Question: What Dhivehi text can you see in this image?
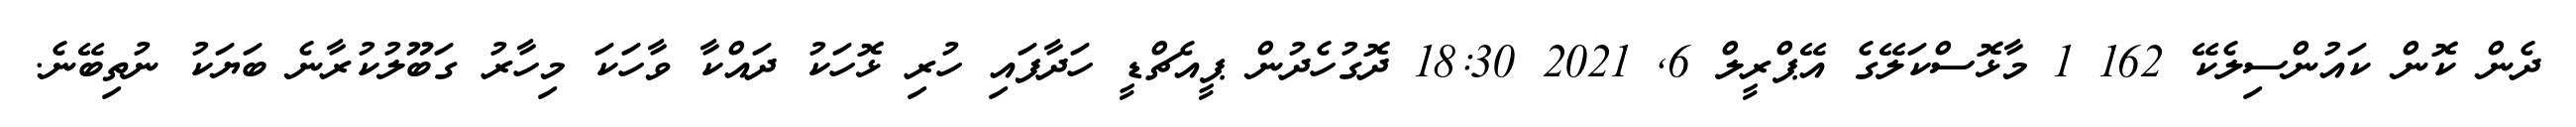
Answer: ދެން ކޮން ކައުންސިލެކޭ 162 1 މާޅޮސްކަލޭގެ އޭޕްރީލް 6, 2021 18:30 ދޮގުހެދުން ޕީއެޗްޑީ ހަދާފައި ހުރި ޅޮހަކު ދައްކާ ވާހަކަ މިހާރު ގަބޫލުކުރާނެ ބަޔަކު ނުތިބޭނެ.